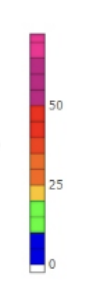
Blue: 0 to 10
Green: 10 to 20
Yellow: 20 to 25
Orange: 25 to 35
Dark Orange: 35 to 40
Red: 40 to 50
Magenta: 50 to 75
Pink: 75 to 83